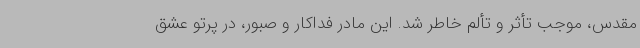
مقدس، موجب تأثر و تألم خاطر شد. این مادر فداکار و صبور، در پرتو عشق